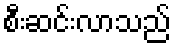
စီးဆင်းလာသည်